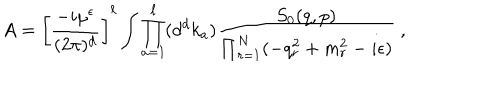
A = \left[ { \frac { - i \mu ^ { \epsilon } } { ( 2 \pi ) ^ { d } } } \right] ^ { \ell } \int \prod _ { a = 1 } ^ { \ell } ( d ^ { d } k _ { a } ) { \frac { S _ { 0 } ( q , p ) } { \prod _ { r = 1 } ^ { N } ( - q _ { r } ^ { 2 } + m _ { r } ^ { 2 } - i \epsilon ) } } \ ,